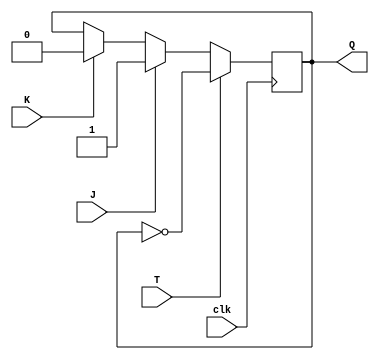
module tff_jk (
    input wire J,  // J input
    input wire K,  // K input
    input wire T,  // T input
    input wire clk,  // Clock input
    output reg Q  // Flip-flop output
);

always @(posedge clk) begin
    if (T) begin
        Q <= ~Q;  // Toggle the flip-flop's state
    end else begin
        if (J) begin
            Q <= 1;  // Set output to 1 if J is high
        end else if (K) begin
            Q <= 0;  // Set output to 0 if K is high
        end
    end
end

endmodule